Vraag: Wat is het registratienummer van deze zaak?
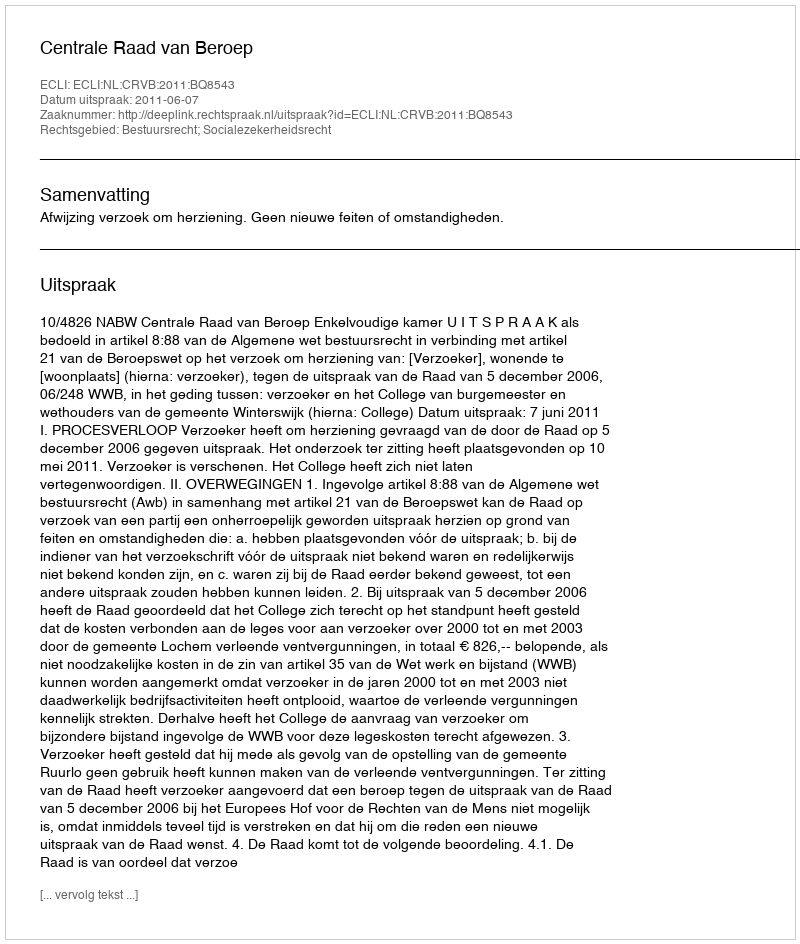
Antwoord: http://deeplink.rechtspraak.nl/uitspraak?id=ECLI:NL:CRVB:2011:BQ8543